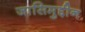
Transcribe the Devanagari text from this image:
जासिमुद्दीन